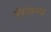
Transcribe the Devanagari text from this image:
बँकोकच्या